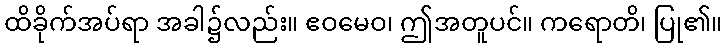
ထိခိုက်အပ်ရာ အခါ၌လည်း။ ဧဝမေဝ၊ ဤအတူပင်။ ကရောတိ၊ ပြု၏။